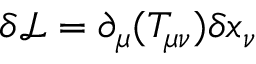
\delta \mathcal { L } = \partial _ { \mu } ( T _ { \mu \nu } ) \delta x _ { \nu }